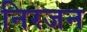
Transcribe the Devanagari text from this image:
निरजन